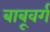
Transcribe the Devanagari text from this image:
बाबूवर्ग